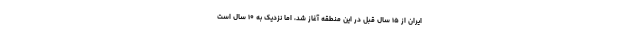
ایران از ۱۵ سال قبل در این منطقه آغاز شد، اما نزدیک به ۱۰ سال است